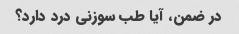
در ضمن، آیا طب سوزنی درد دارد؟